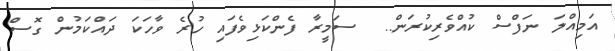
އަމިއްލަ ނަފްސް ކުއްވެރިކުރަން..  ސަމީރާ ފެންކަޅިވެފައި ހުރެ ވާހަކަ ދައްކަމުން ގޮސް